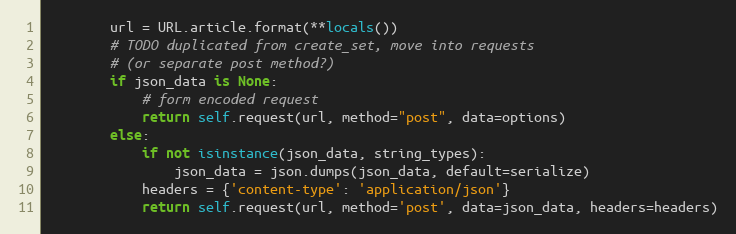
Language: Python
        url = URL.article.format(**locals())
        # TODO duplicated from create_set, move into requests
        # (or separate post method?)
        if json_data is None:
            # form encoded request
            return self.request(url, method="post", data=options)
        else:
            if not isinstance(json_data, string_types):
                json_data = json.dumps(json_data, default=serialize)
            headers = {'content-type': 'application/json'}
            return self.request(url, method='post', data=json_data, headers=headers)